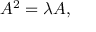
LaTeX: A ^ { 2 } = \lambda A ,